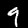
Digit: 9